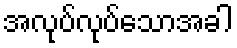
အလုပ်လုပ်သောအခါ